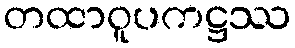
တထာဝူပကဋ္ဌဿ